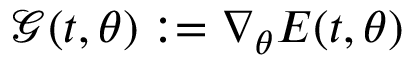
\mathcal { G } ( t , { \boldsymbol { \theta } } ) : = \nabla _ { \boldsymbol { \theta } } E ( t , { \boldsymbol { \theta } } )